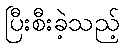
ပြီးစီးခဲ့သည့်